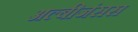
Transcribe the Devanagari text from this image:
अल्बीजंसस